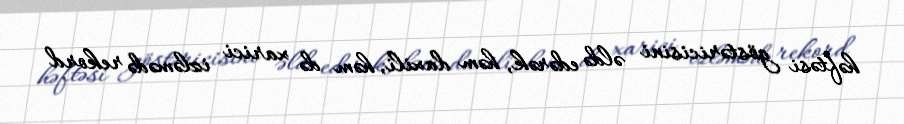
həftəsi göstəricisini əldə edərək, həm daxili, həm də xarici izləmədə rekord